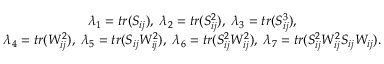
\begin{array} { c } { \lambda _ { 1 } = t r ( S _ { i j } ) , \; \lambda _ { 2 } = t r ( S _ { i j } ^ { 2 } ) , \; \lambda _ { 3 } = t r ( S _ { i j } ^ { 3 } ) , } \\ { \lambda _ { 4 } = t r ( W _ { i j } ^ { 2 } ) , \; \lambda _ { 5 } = t r ( S _ { i j } W _ { i j } ^ { 2 } ) , \; \lambda _ { 6 } = t r ( S _ { i j } ^ { 2 } W _ { i j } ^ { 2 } ) , \; \lambda _ { 7 } = t r ( S _ { i j } ^ { 2 } W _ { i j } ^ { 2 } S _ { i j } W _ { i j } ) . } \end{array}